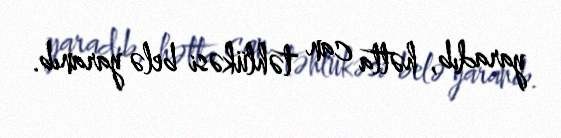
yaradıb, hətta can təhlükəsi belə yaranıb.